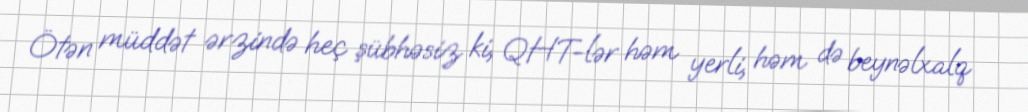
Ötən müddət ərzində heç şübhəsiz ki, QHT-lər həm yerli, həm də beynəlxalq